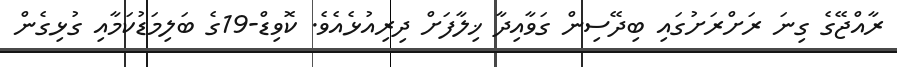
ރާއްޖޭގެ ގިނަ ރަށްރަށުގައި ބިދޭސިން ގަވާއިދާ ޚިލާފަށް ދިރިއުޅެއެވެ. ކޮވިޑް-19ގެ ބަލިމަޑުކަމާއި ގުޅިގެން